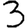
Digit: 3